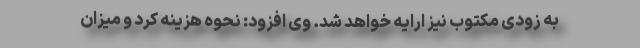
به زودی مکتوب نیز ارایه خواهد شد. وی افزود: نحوه هزینه کرد و میزان